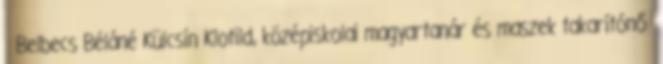
Belbecs Béláné Külcsín Klotild, középiskolai magyartanár és maszek takarítónő